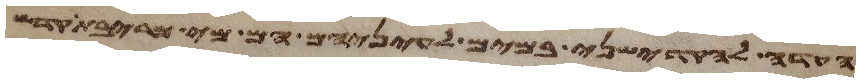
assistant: העדה להקדישני במים לעיניהם הם מי מריבת קדש